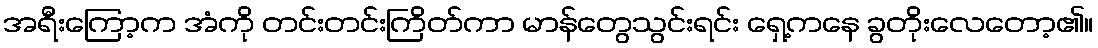
အရီးကြော့က အံကို တင်းတင်းကြိတ်ကာ မာန်တွေသွင်းရင်း ရှေ့ကနေ ခွတိုးလေတော့၏။